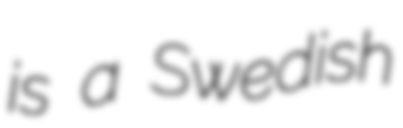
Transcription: is a Swedish